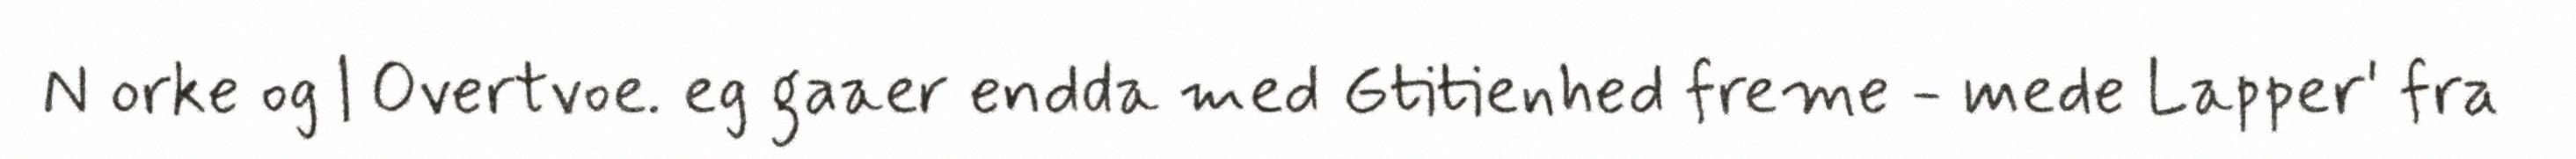
N orke og | Overtvoe. eg gaaer endda med Gtitienhed freme - mede Lapper' fra